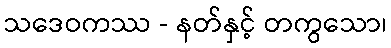
သဒေဝကဿ - နတ်နှင့် တကွသော၊